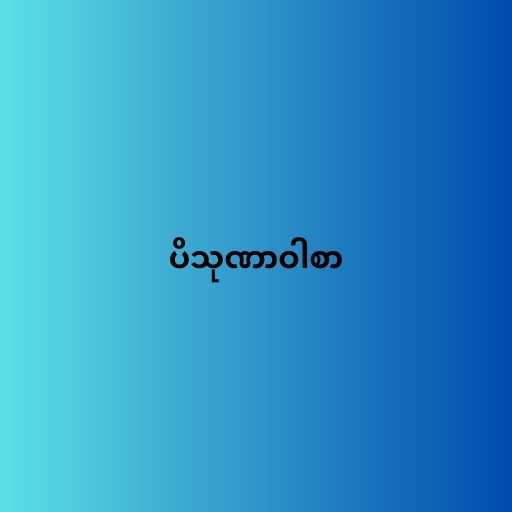
ပိသုဏာဝါစာ